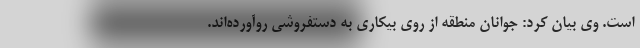
است. وی بیان کرد: جوانان منطقه از روی بیکاری به دستفروشی روآورده‌اند.